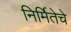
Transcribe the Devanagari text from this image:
निर्मितेचे